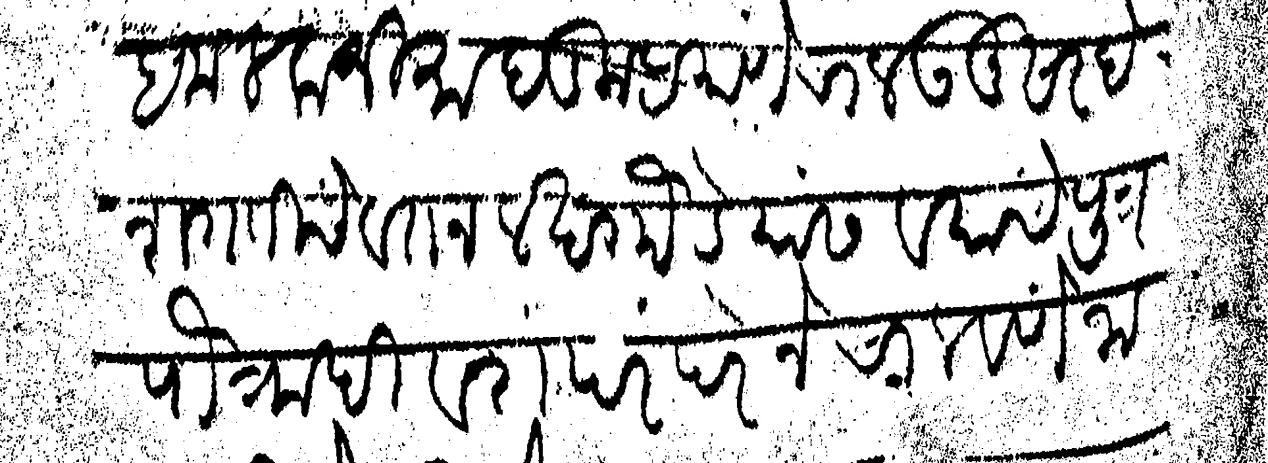
Transliteration (Devanagari): हकलवाजिमा पडिला प्रमाणे चालऊनु सारदे शगतीचे वतन लखम गौडेयास व याचे पुत्र पौत्रादि वंशपरंपरेने चालवणे जा